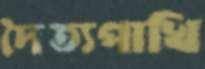
দৈত্যপাখি